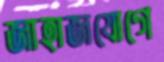
জাহাজযোগে